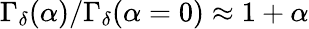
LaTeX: \Gamma_{\delta}(\alpha)/\Gamma_{\delta}(\alpha=0)\approx 1+\alpha